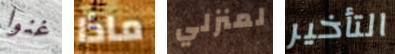
غنوا ماذا لمنزلي التأخير